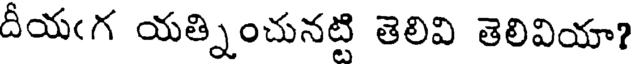
దీయఁగ యత్నించునట్టి తెలివి తెలివియా?